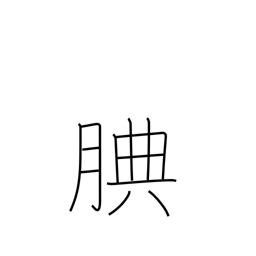
Meaning: considerate